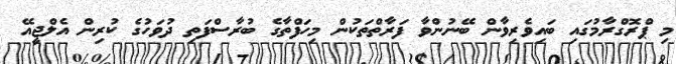
މި ޕްރޮގްރާމުގައި ބައިވެރިވާން ބޭނުންވާ ފަރާތްތަކުން މިހަފްތާގެ ބުރާސްފަތި ދުވަހުގެ ކުރިން އެލްޖީއޭ